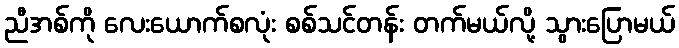
ညီအစ်ကို လေးယောက်စလုံး စစ်သင်တန်း တက်မယ်လို့ သွားပြောမယ်